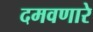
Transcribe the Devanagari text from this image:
दमवणारे